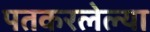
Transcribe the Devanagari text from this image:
पतकरलेल्या